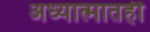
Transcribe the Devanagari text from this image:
अध्यात्मातही